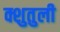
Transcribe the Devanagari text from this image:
क्शुतुली